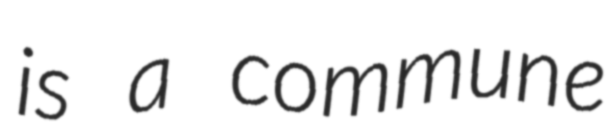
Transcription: is a commune